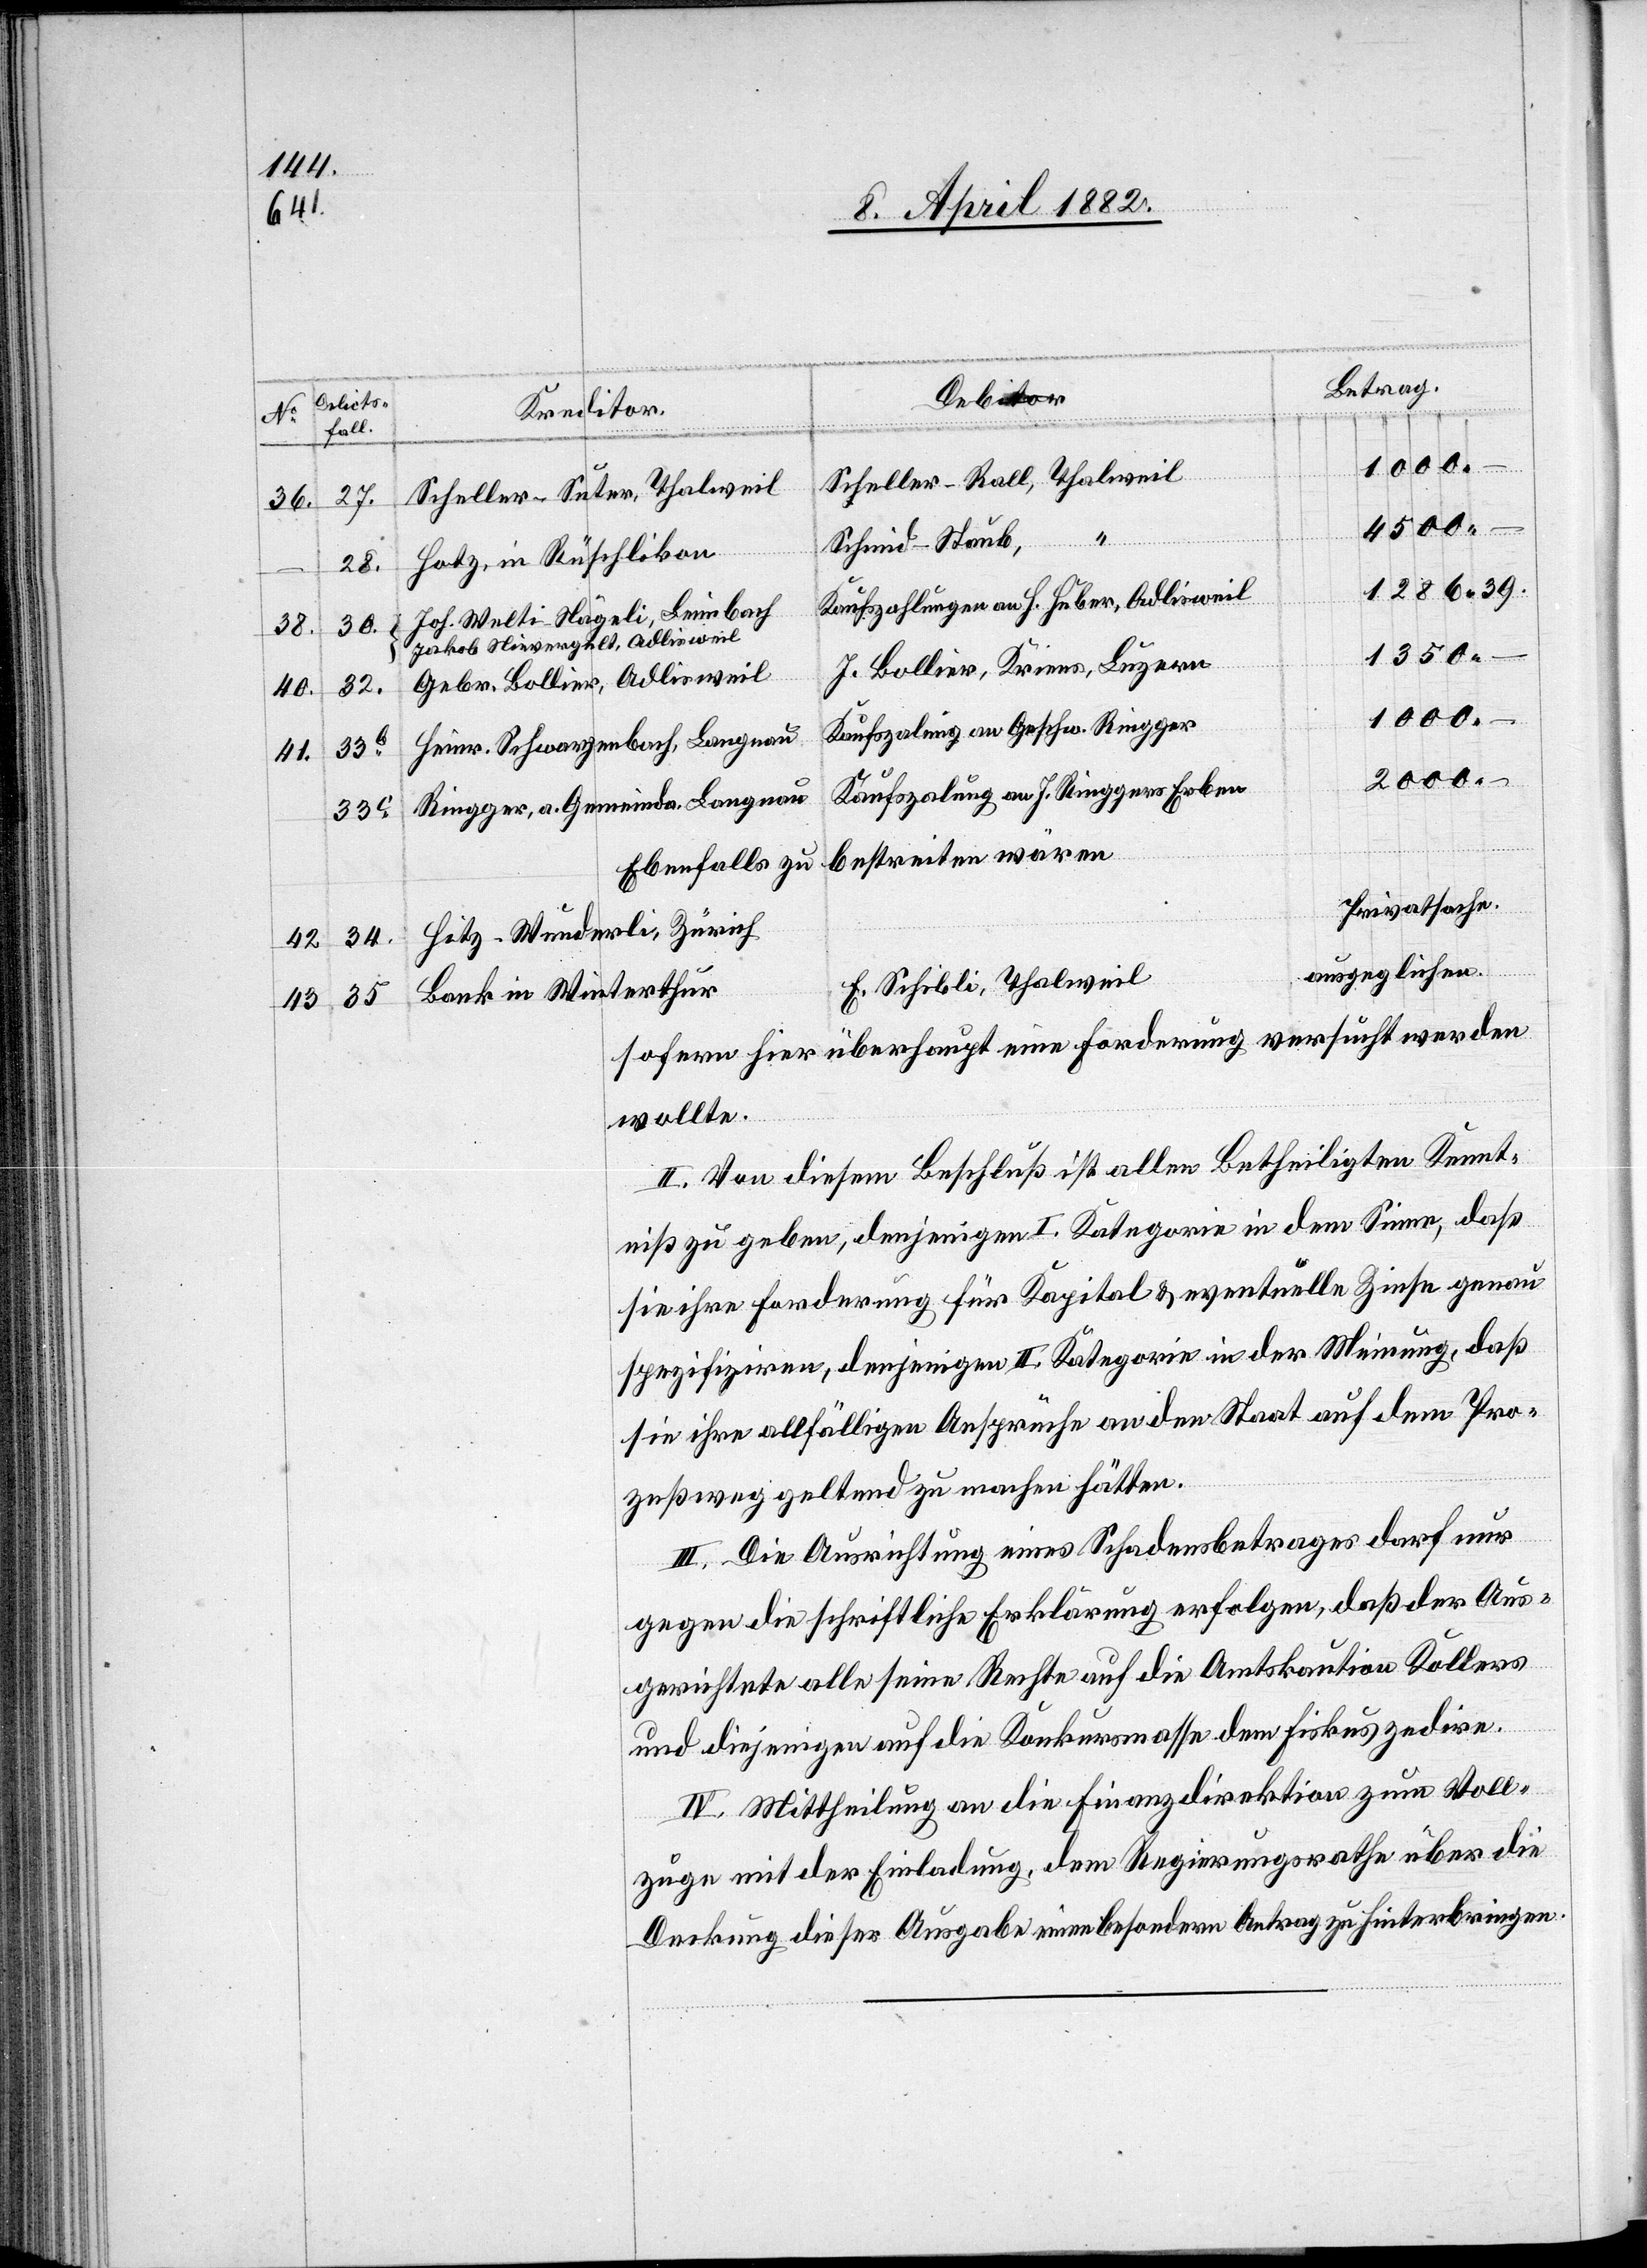
36.
38.
40.
41.
42.
43.

1286
39.
33b
35

Scheller-Rall, Thalweil
Scheller-Suter, Thalweil
4500
–
Schmid-Staub,
Hotz, in Rüschlikon
Kaufszahlungen an H. Huber, Adlisweil
Joh. Welti-Nägeli, Leimbach
Jakob Nievergelt, Adlisweil
34
1350
…
J. Bollier, Kriens, Luzern
Gebr. Bollier, Adlisweil
1000
–
Kaufszalung an Geschw. Ringger
Heinr. Schwarzenbach, Langnau
2000
Kaufszalung an J. Ringgers Erben
Ringger, a. Gemeinda. Langnau
bestreiten wären
Ebenfalls zu
Privatsache.
Hitz-Wunderli, Zürich
ausgeglichen.
E. Schibli, Thalweil
Bank in Winterthur
sofern hier überhaupt eine Forderung versucht werden
wollte.
II. Von diesem Beschluß ist allen Betheiligten Kennt¬
niß zu geben, denjenigen I. Kategorie in dem Sinne, daß
sie ihre Forderung für Kapital & eventuelle Zinse genau
spezifiziren, denjenigen II. Kategorie in der Meinung, daß
sie ihre allfälligen Ansprüche an den Staat auf dem Pro¬
zeßweg geltend zu machen hätten.
III. Die Ausrichtung eines Schadensbetrages darf nur
gegen die schriftliche Erklärung erfolgen, daß der Aus¬
gerichtete alle seine Rechte auf die Amtskaution Kollers
und diejenigen auf die Konkursmasse dem Fiskus zedire.
IV. Mittheilung an die Finanzdirektion zum Voll¬
zuge mit der Einladung, dem Regierungsrathe über die
Deckung dieser Ausgabe einen besondern Antrag zu hinterbringen.